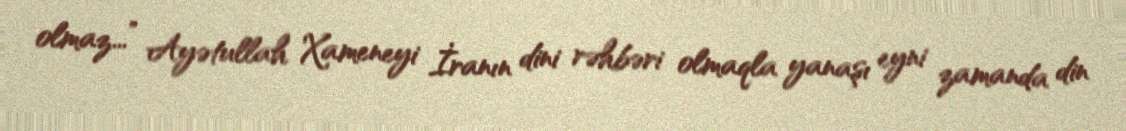
olmaz...” Ayətullah Xameneyi İranın dini rəhbəri olmaqla yanaşı eyni zamanda din